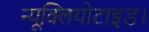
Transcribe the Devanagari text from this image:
न्यूक्लियोटाइड।